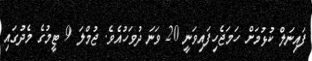
ފައިނަލް ކުޅުމަށް ހަމަޖެހިފައިވަނީ 20 ވަނަ ދުވަހުއެވެ. ޖުމްލަ 9 ޓީމުގެ މެދުގައި